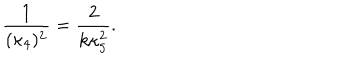
\frac { 1 } { ( \kappa _ { 4 } ) ^ { 2 } } = \frac { 2 } { k \kappa _ { 5 } ^ { 2 } } .